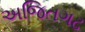
અજિતગઢ